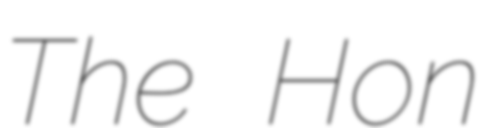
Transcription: The Hon